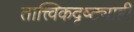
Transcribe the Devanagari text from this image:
तात्त्विकदृष्ट्याही